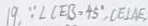
1 9 . \because \angle C E B = 4 5 ^ { \circ } , C E \bot A E .